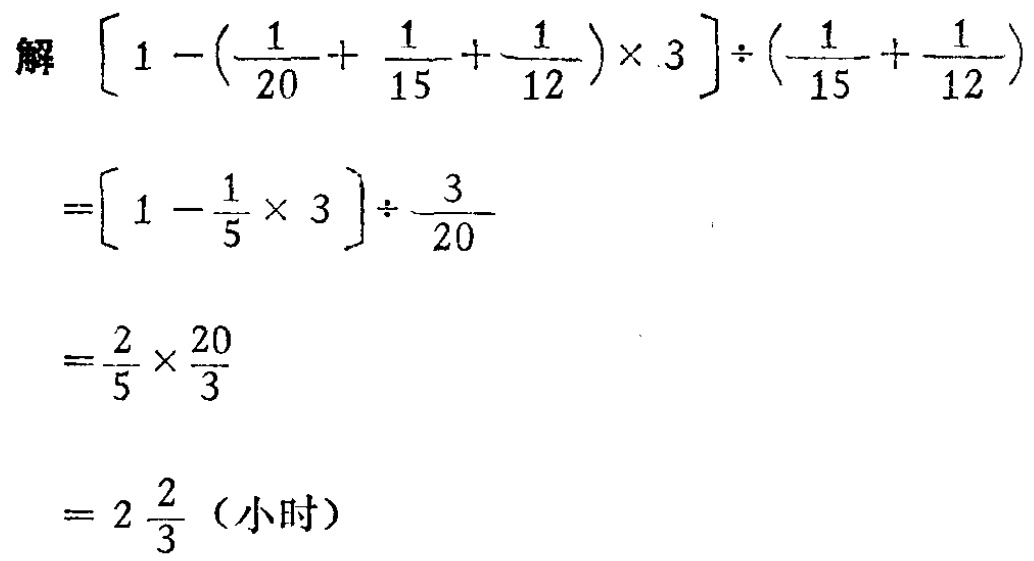
解 \(\left[1 - \left(\frac{1}{20} + \frac{1}{15} + \frac{1}{12}\right) \times 3\right] \div \left(\frac{1}{15} + \frac{1}{12}\right)\)

\(=\left[1 - \frac{1}{5} \times 3\right] \div \frac{3}{20}\)

\(=\frac{2}{5} \times \frac{20}{3}\)

\(= 2\frac{2}{3}\)（小时）